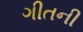
ગીતની